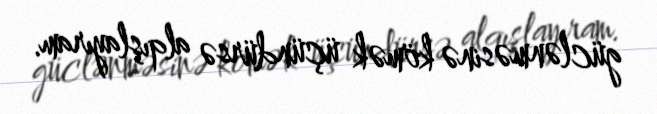
güclənməsinə kömək üçündürsə alqışlayıram.